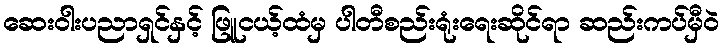
ဆေးဝါးပညာရှင်နှင့် ဖြူငယ့်ထံမှ ပါတီစည်းရုံးရေးဆိုင်ရာ ဆည်းကပ်မှီဝဲ